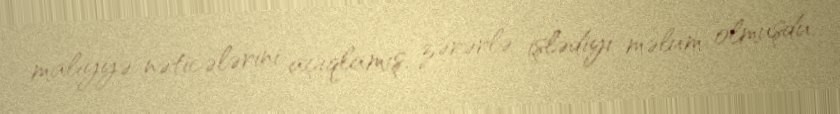
maliyyə nəticələrini açıqlamış, zərərlə işlədiyi məlum olmuşdu.